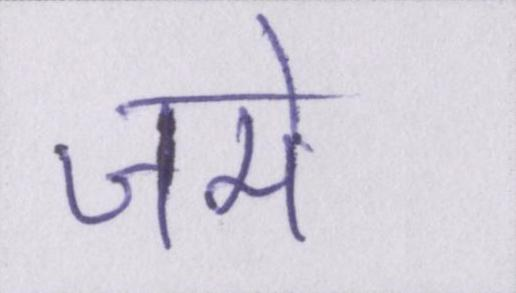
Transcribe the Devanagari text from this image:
जमे